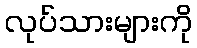
လုပ်သားများကို